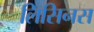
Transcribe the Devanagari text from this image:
लिसिनस